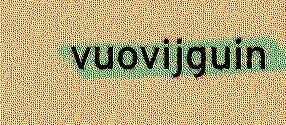
vuovijguin